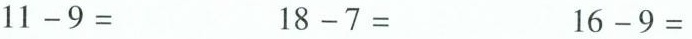
$$1 1 - 9 =$$ $$1 8 - 7 =$$ $$1 6 - 9 =$$